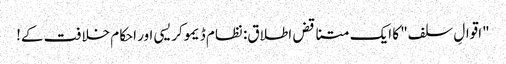
"اقوالِ سلف" کا ایک متناقض اطلاق: نظام ڈیموکریسی اور احکام خلافت کے!